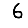
Digit: 6